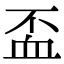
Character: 𧖯